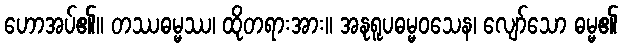
ဟောအပ်၏။ တဿဓမ္မဿ၊ ထိုတရားအား။ အနုရူပဓမ္မဝသေန၊ လျော်သော ဓမ္မ၏